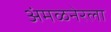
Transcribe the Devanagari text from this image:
अंमळनेरला